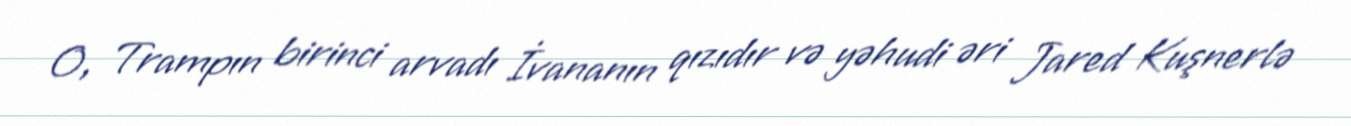
O, Trampın birinci arvadı İvananın qızıdır və yəhudi əri Jared Kuşnerlə